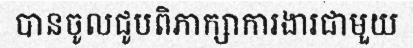
បានចូលជូបពិភាក្សាការងារជាមួយ